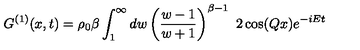
G ^ { ( 1 ) } ( x , t ) = \rho _ { 0 } \beta \int _ { 1 } ^ { \infty } d w \left( { \frac { w - 1 } { w + 1 } } \right) ^ { \beta - 1 } \ 2 \cos ( Q x ) e ^ { - i E t }